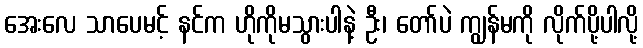
အေးလေ သာပေမင့် နင်က ဟိုကိုမသွားပါနဲ့ ဦး၊ တော်ပဲ ကျွန်မကို လိုက်ပို့ပါလို့